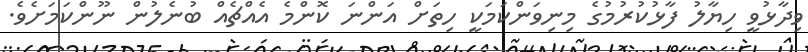
ވިދާޅުވީ ހިޔާލު ފާޅުކުރުމުގެ މިނިވަންކަމަކީ ހިތަށް އަންނަ ކޮންމެ އެއްޗެއް ބުނެލުން ނޫންކަމަށެވެ.